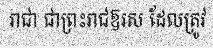
រាជា ជាព្រះរាជឱរស ដែលត្រូវ